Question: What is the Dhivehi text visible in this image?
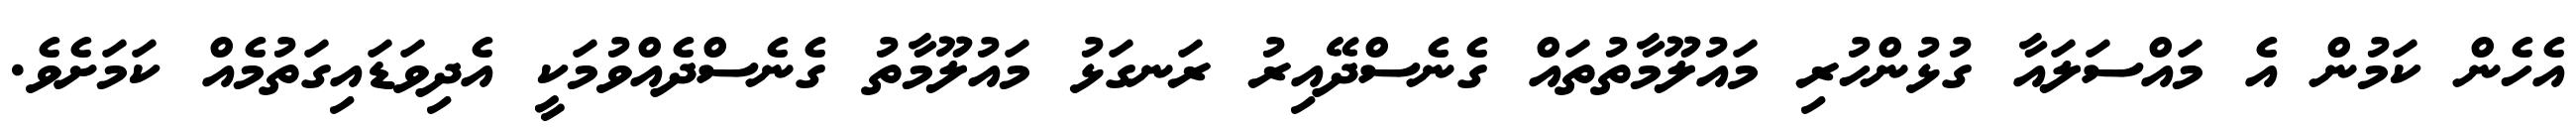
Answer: އެހެން ކަމުން އެ މައްސަލައާ ގުޅުންހުރި މައުލޫމާތުތައް ގެނެސްދޭއިރު ރަނގަޅު މައުލޫމާތު ގެނެސްދެއްވުމަކީ އެދިވަޑައިގަތުމެއް ކަމަށެވެ.